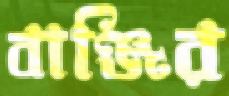
বাঞ্জির